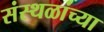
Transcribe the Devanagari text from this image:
संस्थळांच्या